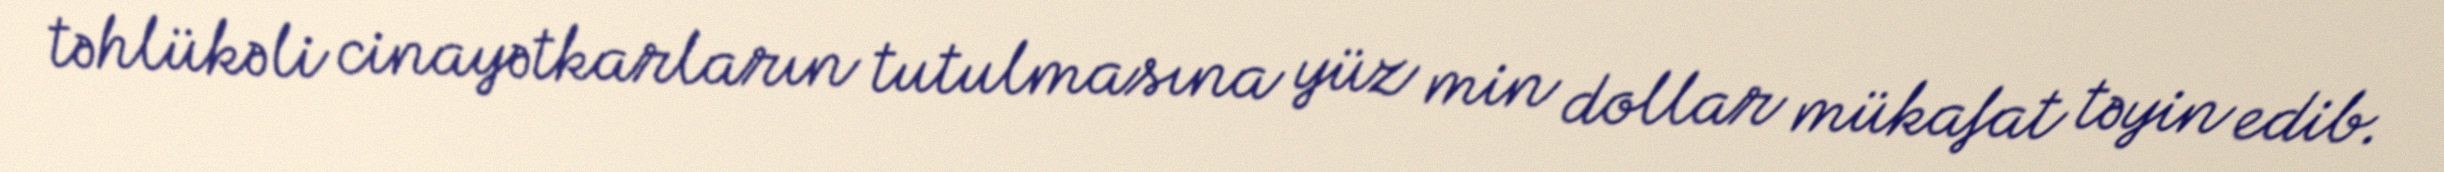
təhlükəli cinayətkarların tutulmasına yüz min dollar mükafat təyin edib.